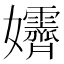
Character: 𡤴